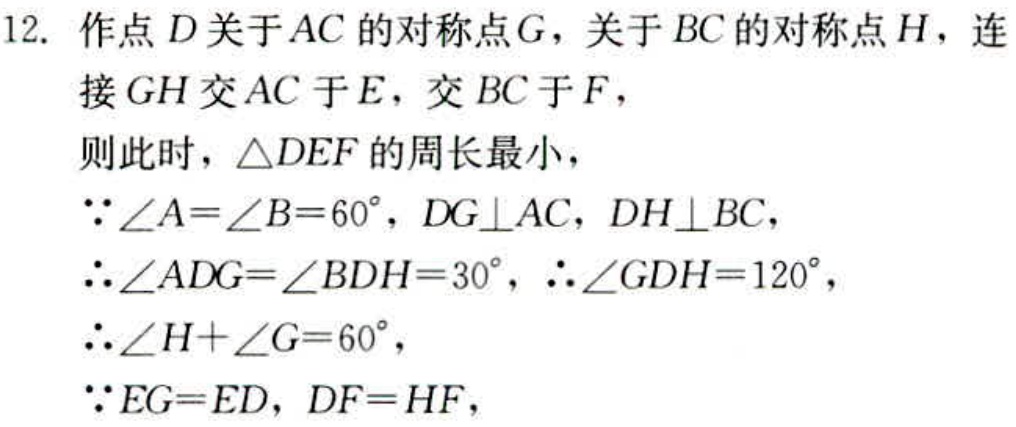
12. 作点 \(D\) 关于 \(AC\) 的对称点 \(G\)，关于 \(BC\) 的对称点 \(H\)，连接 \(GH\) 交 \(AC\) 于 \(E\)，交 \(BC\) 于 \(F\)，
则此时，\(\triangle DEF\) 的周长最小，
\(\because\angle A = \angle B = 60^{\circ}\)，\(DG\perp AC\)，\(DH\perp BC\)，
\(\therefore\angle ADG=\angle BDH = 30^{\circ}\)，\(\therefore\angle GDH = 120^{\circ}\)，
\(\therefore\angle H+\angle G = 60^{\circ}\)，
\(\because EG = ED\)，\(DF = HF\)，